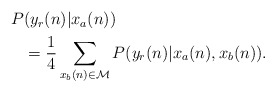
\begin{align*} \begin{aligned}P&(y_r(n)| x_a(n))\\ &= \frac{1}{4} \sum_{x_b(n) \in \mathcal{M}} P(y_r(n)| {x}_a(n), x_b(n)).\end{aligned}\end{align*}